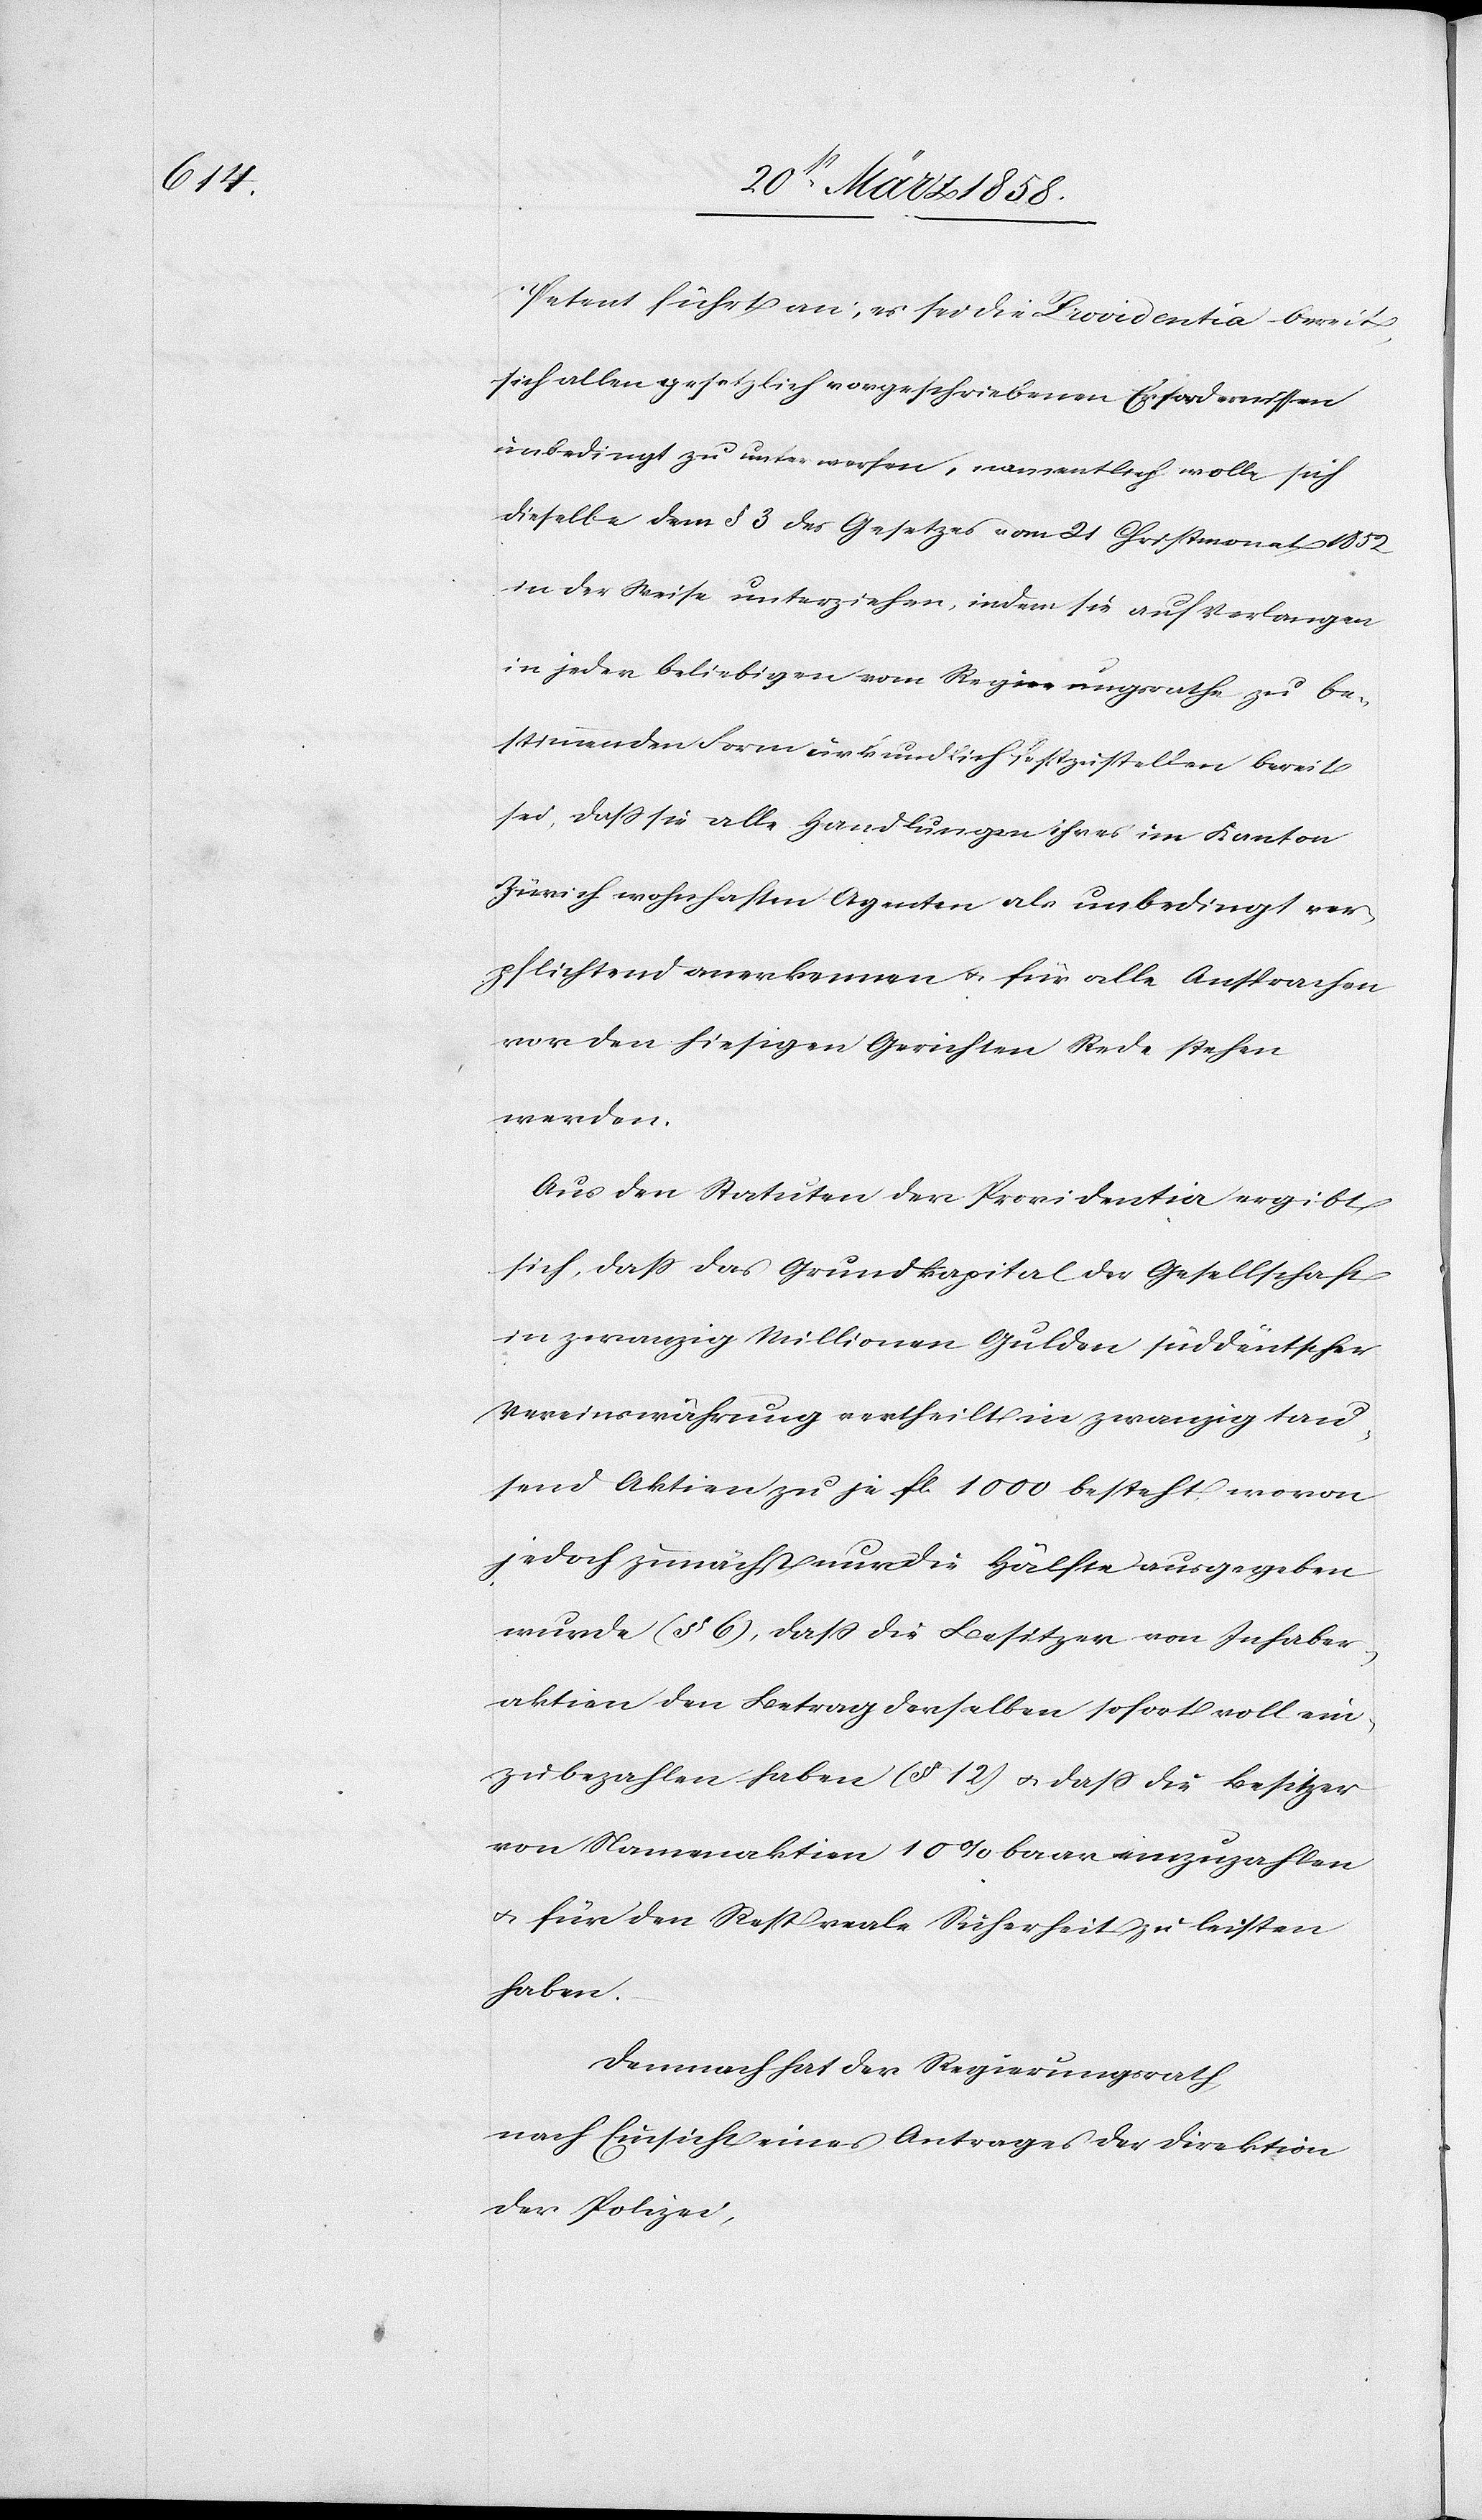
Petent führt an, es sei die Providentia bereit,
sich allen gesetzlich vorgeschriebenen Erfordernissen
unbedingt zu unterwerfen, namentlich wolle sich
dieselbe dem § 3 des Gesetzes vom 21. Christmonat 1852
in der Weise unterziehen, indem sie auf Verlangen
in jeder beliebigen vom Regierungsrathe zu be¬
stimmenden Form urkundlich festzustellen bereit
sei, daß sie alle Handlungen ihres im Kanton
Zürich wohnhaften Agenten als unbedingt ver¬
pflichtend anerkennen u. für alle Ansprachen
vor den hiesigen Gerichten Rede stehen
werden.
Aus den Statuten der Providentia ergibt
sich, daß das Grundkapital der Gesellschaft
in zwanzig Millionen Gulden süddeutscher
Vereinswährung vertheilt in zwanzig tau¬
send Aktien zu je fl. 1000 besteht, woran
jedoch zunächst nur die Hälfte ausgegeben
wurde (§ 6), daß die Besitzer von Inhaber¬
aktien den Betrag derselben sofort voll ein¬
zubezahlen haben (§ 12) u. daß die Besitzer
von Namenaktien 10% baar einzuzahlen
u. für den Rest reale Sicherheit zu leisten
haben.
Demnach hat der Regierungsrath,
nach Einsicht eines Antrages der Direktion
der Polizei,